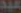
عيد